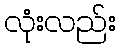
လုံးလည်း